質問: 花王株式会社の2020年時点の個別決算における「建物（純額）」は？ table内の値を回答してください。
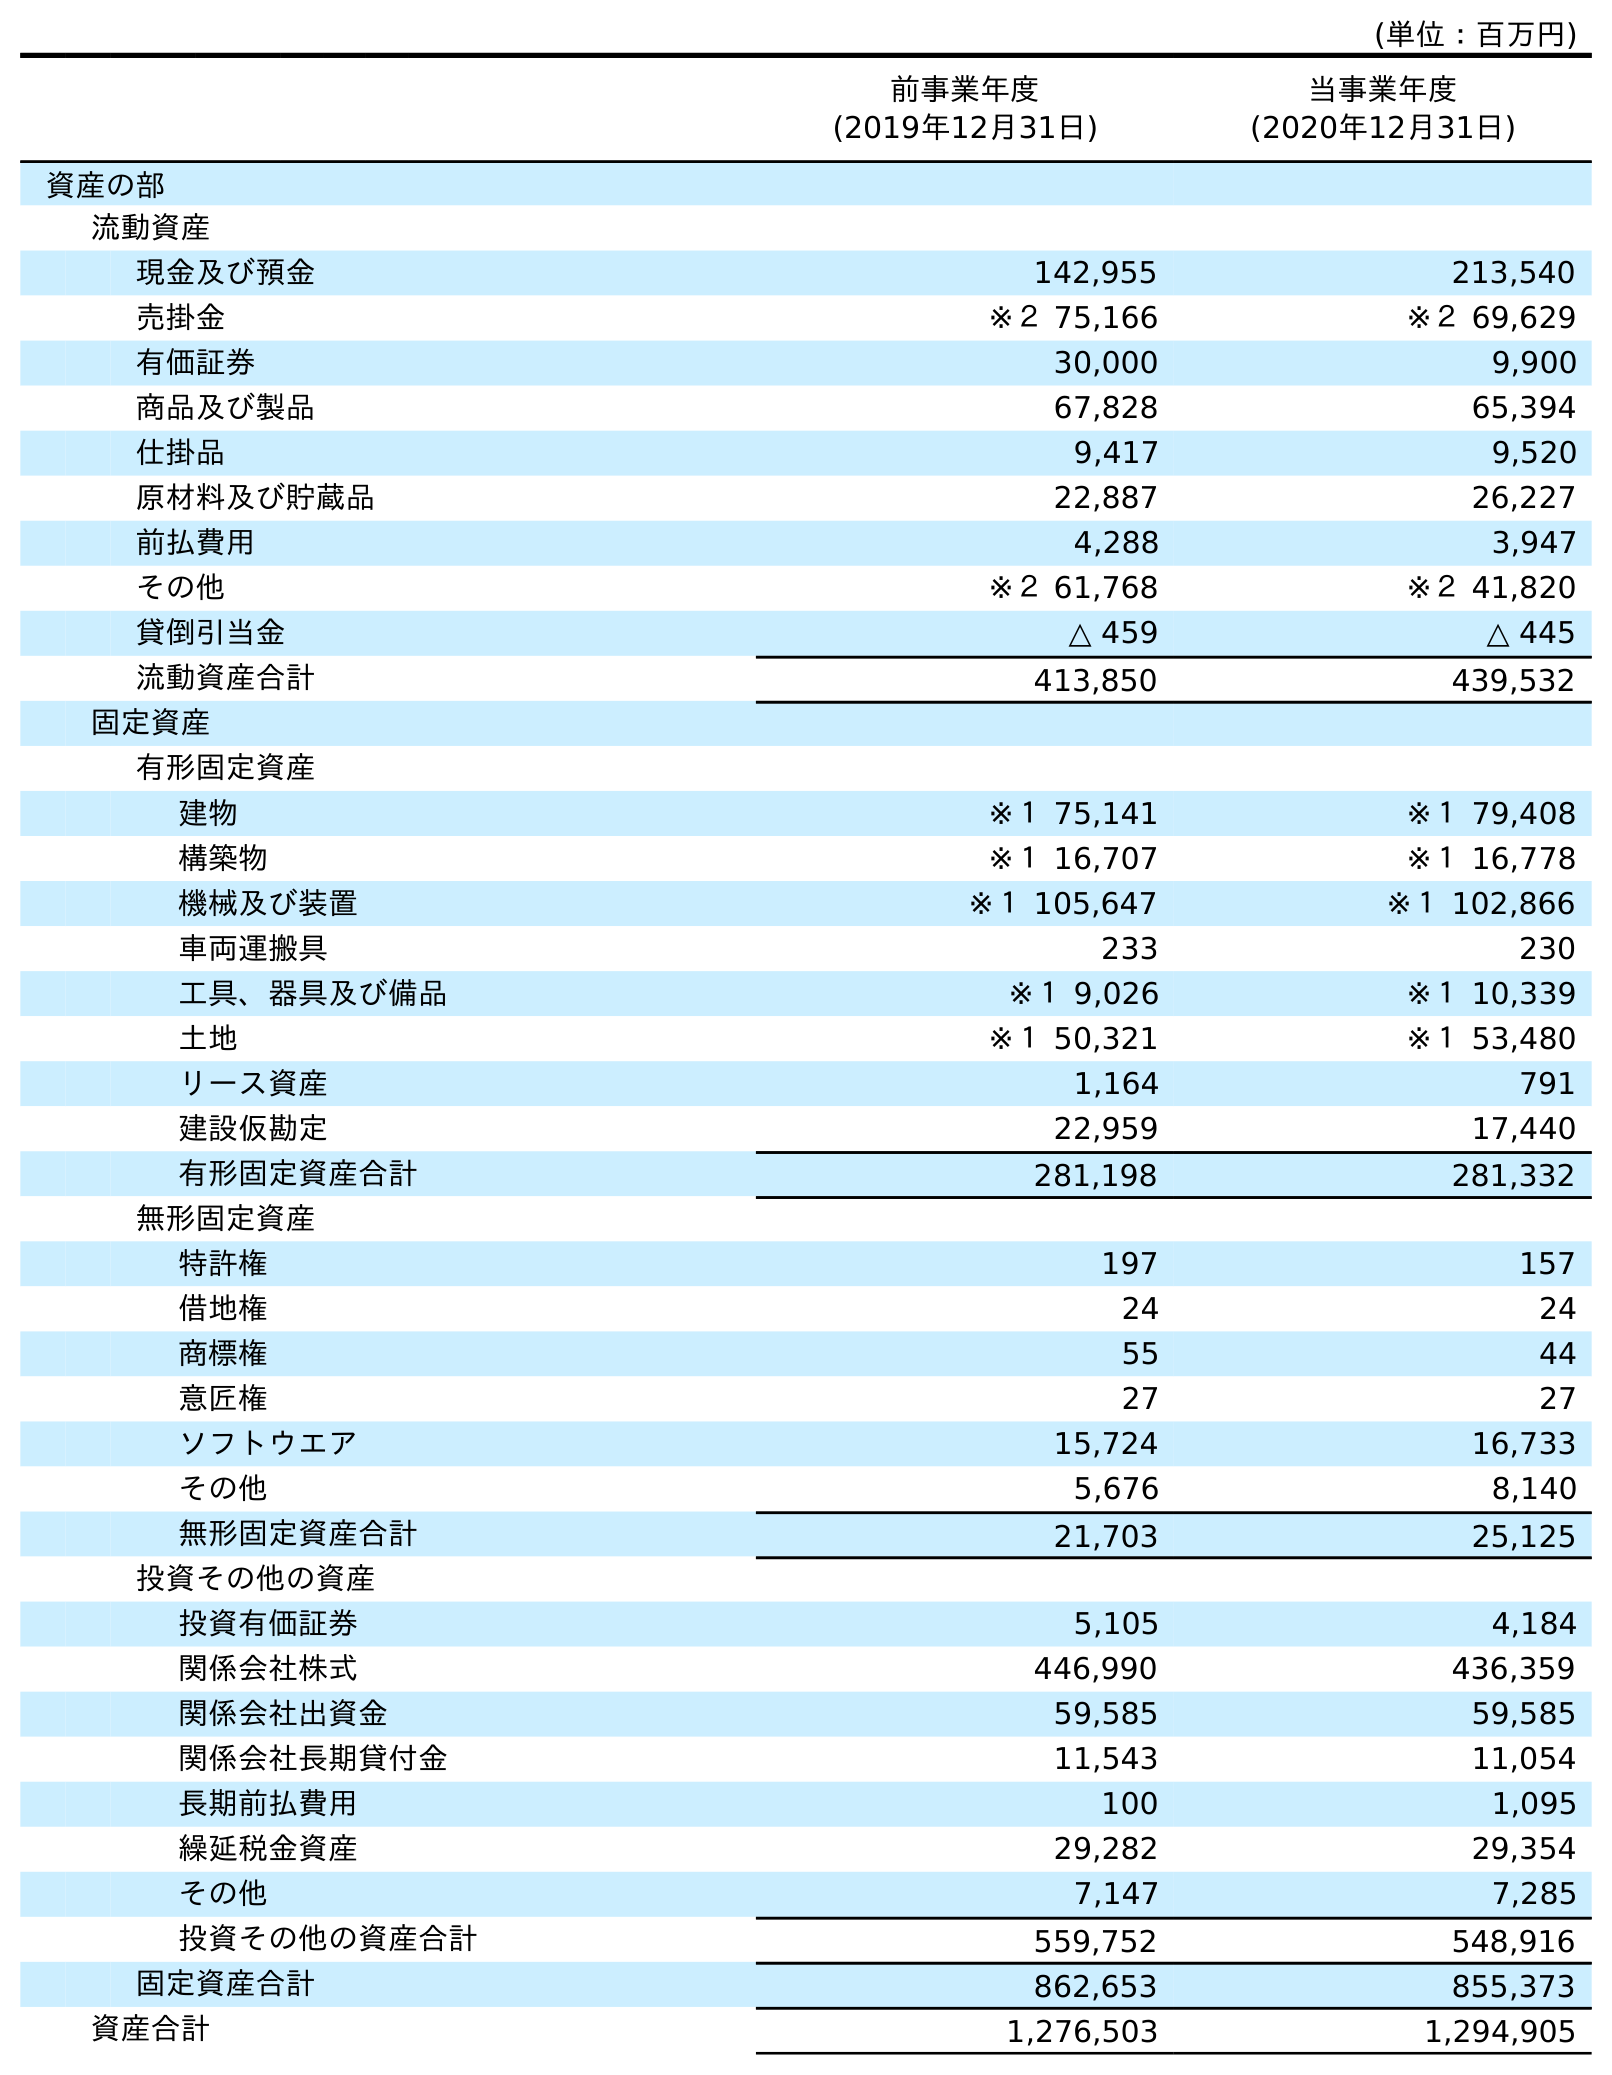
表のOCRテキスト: (単位：百万円) 前事業年度 (2019年12月31日) 当事業年度 (2020年12月31日) 資産の部 流動資産 現金及び預金 142,955 213,540 売掛金 ※２ 75,166 ※２ 69,629 有価証券 30,000 9,900 商品及び製品 67,828 65,394 仕掛品 9,417 9,520 原材料及び貯蔵品 22,887 26,227 前払費用 4,288 3,947 その他 ※２ 61,768 ※２ 41,820 貸倒引当金 △ 459 △ 445 流動資産合計 413,850 439,532 固定資産 有形固定資産 建物 ※１ 75,141 ※１ 79,408 構築物 ※１ 16,707 ※１ 16,778 機械及び装置 ※１ 105,647 ※１ 102,866 車両運搬具 233 230 工具、器具及び備品 ※１ 9,026 ※１ 10,339 土地 ※１ 50,321 ※１ 53,480 リース資産 1,164 791 建設仮勘定 22,959 17,440 有形固定資産合計 281,198 281,332 無形固定資産 特許権 197 157 借地権 24 24 商標権 55 44 意匠権 27 27 ソフトウエア 15,724 16,733 その他 5,676 8,140 無形固定資産合計 21,703 25,125 投資その他の資産 投資有価証券 5,105 4,184 関係会社株式 446,990 436,359 関係会社出資金 59,585 59,585 関係会社長期貸付金 11,543 11,054 長期前払費用 100 1,095 繰延税金資産 29,282 29,354 その他 7,147 7,285 投資その他の資産合計 559,752 548,916 固定資産合計 862,653 855,373 資産合計 1,276,503 1,294,905
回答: ※１79,408